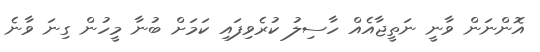
އޮންނަން ވާނީ ނަތީޖާއެއް ހާސިލު ކުރެވިފައި ކަމަށް ބުނާ މީހުން ގިނަ ވާނެ